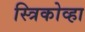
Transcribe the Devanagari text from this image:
स्त्रिकोव्हा